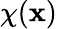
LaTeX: \chi(\mathbf{x})